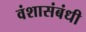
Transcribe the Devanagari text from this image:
वंशासंबंधी